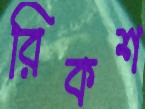
রিকশ